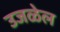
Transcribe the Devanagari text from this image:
उजळेल